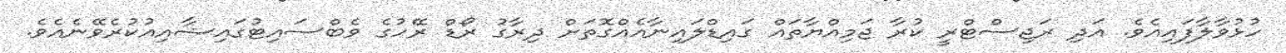
ހުޅުވާލާފައިއެވެ. އަދި ރަޖިސްޓްރީ ކުރާ ޖަމިއްޔާތައް ގައިޑްލައިނާއެއްގޮތަށް ދިރާގު ރޯޑް ރޭހުގެ ވެބްސައިޓުގައިޝާއިއުކުރެވޭނެއެވެ.